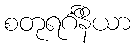
စတုရင်္ဂိနိယာ